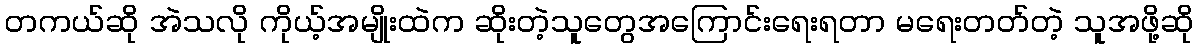
တကယ်ဆို အဲသလို ကိုယ့်အမျိုးထဲက ဆိုးတဲ့သူတွေအကြောင်းရေးရတာ မရေးတတ်တဲ့ သူအဖို့ဆို